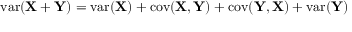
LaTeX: \operatorname { v a r } ( \mathbf { X } + \mathbf { Y } ) = \operatorname { v a r } ( \mathbf { X } ) + \operatorname { c o v } ( \mathbf { X } , \mathbf { Y } ) + \operatorname { c o v } ( \mathbf { Y } , \mathbf { X } ) + \operatorname { v a r } ( \mathbf { Y } )